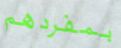
بمفردهم